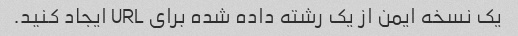
یک نسخه ایمن از یک رشته داده شده برای URL ایجاد کنید.